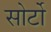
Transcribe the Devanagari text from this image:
सोर्टो